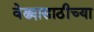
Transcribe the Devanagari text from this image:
वेढ्यासाठीच्या